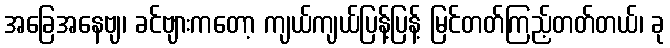
အခြေအနေဗျ၊ ခင်ဗျားကတော့ ကျယ်ကျယ်ပြန့်ပြန့် မြင်တတ်ကြည့်တတ်တယ်၊ ခု